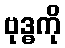
ဗုဒ္ဓကို